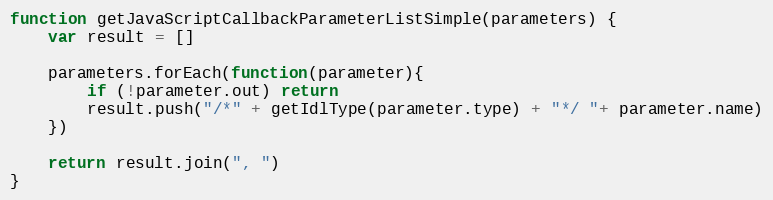
Language: JavaScript
function getJavaScriptCallbackParameterListSimple(parameters) {
    var result = []

    parameters.forEach(function(parameter){
        if (!parameter.out) return
        result.push("/*" + getIdlType(parameter.type) + "*/ "+ parameter.name)
    })

    return result.join(", ")
}